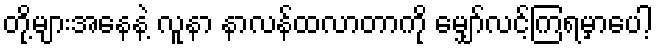
တို့များအနေနဲ့ လူနာ နာလန်ထလာတာကို မျှော်လင့်ကြရမှာပေါ့